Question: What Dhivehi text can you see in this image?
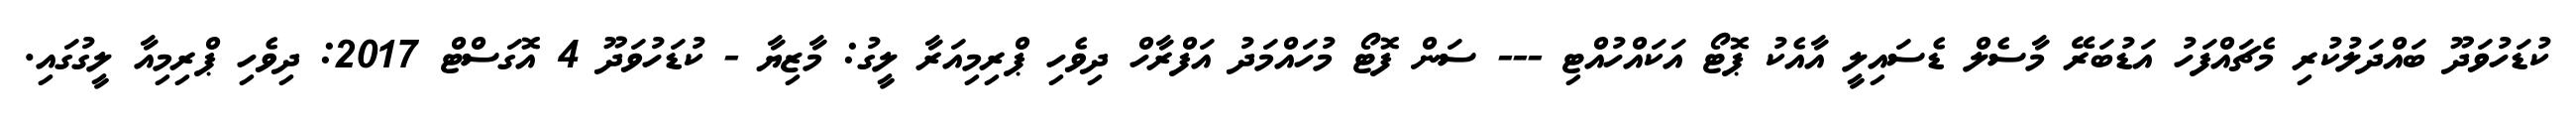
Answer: ކުޑަހުވަދޫ ބައްދަލުކުރި މެޗައްފަހު އަޑުބަރޭ މާސެލް ޑެސައިލީ އާއެކު ޕޮޓޯ އަކައްހުއްޓި --- ސަން ފޮޓޯ މުހައްމަދު އަފްރާހް ދިވެހި ޕްރިމިއަރާ ލީގު: މާޒިޔާ - ކުޑަހުވަދޫ 4 އޮގަސްޓް 2017: ދިވެހި ޕްރިމިއާ ލީގުގައި.